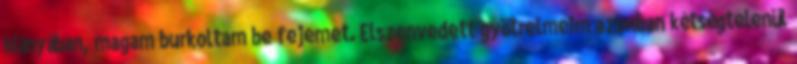
hiányában, magam burkoltam be fejemet. Elszenvedett gyötrelmeim azonban kétségtelenül